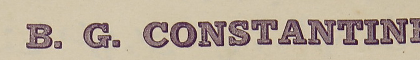
B.G. CONSTANTINE